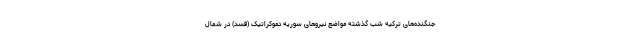
جنگنده‌های ترکیه شب گذشته مواضع نیروهای سوریه دموکراتیک (قسد) در شمال